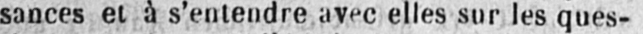
sances et à s’entendre avec elles sur les ques-